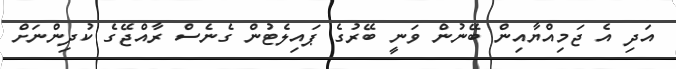
އަދި އެ ޖަމިއްޔާއިން ބޭނުން ވަނީ ބޭރުގެ ޕައިލެޓުން ގެނެސް ރާއްޖޭގެ ކުދިންނަށް